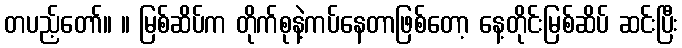
တပည့်တော်။ ။ မြစ်ဆိပ်က တိုက်စုနဲ့ကပ်နေတာဖြစ်တော့ နေ့တိုင်းမြစ်ဆိပ် ဆင်းပြီး